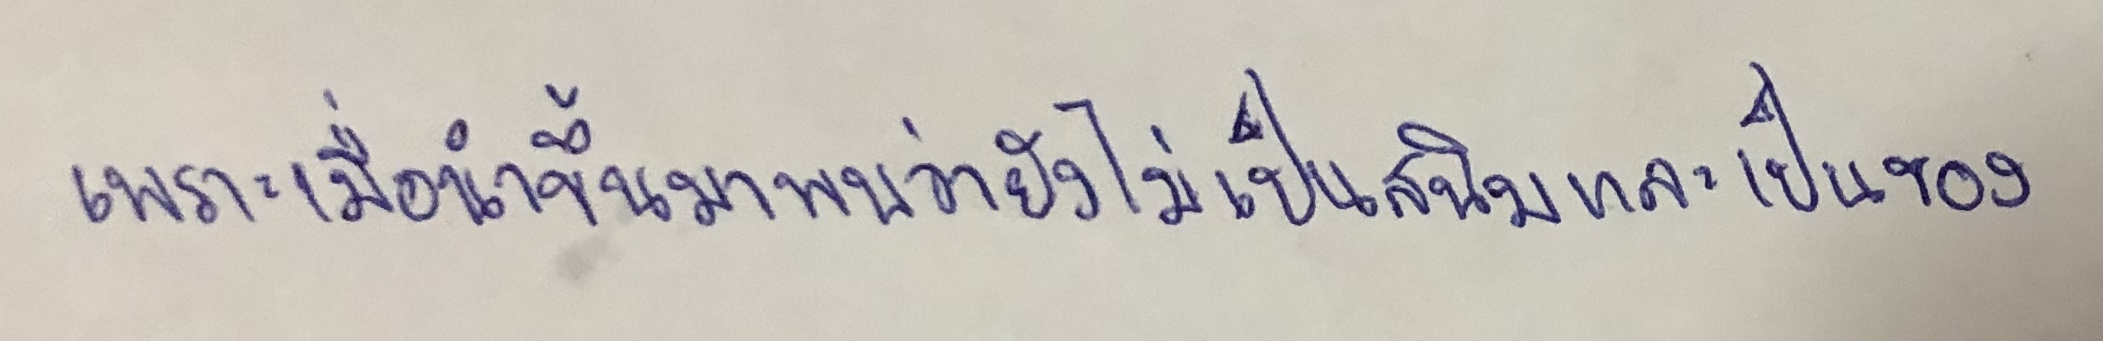
เพราะเมื่อนำขึ้นมาพบว่ายังไม่เป็นสนิมและเป็นของ